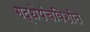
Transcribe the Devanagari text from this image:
गद्धेपंचविशीत